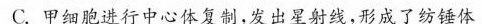
C.甲细胞进行中心体复制，发出星射线，形成了纺锤体